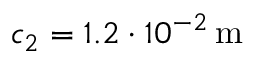
c _ { 2 } = 1 . 2 \cdot 1 0 ^ { - 2 } \, \mathrm { m }